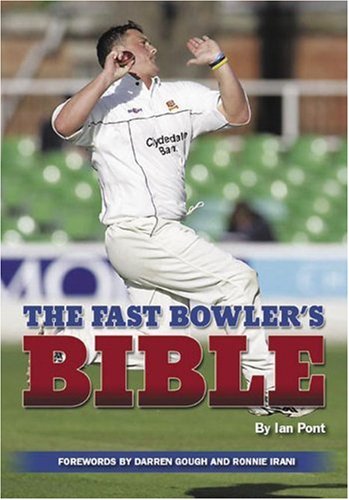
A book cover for The Fast Bowler's Bible; Ian Pont; Sports & Outdoors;